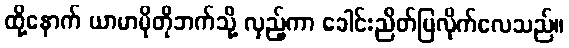
ထို့နောက် ယာမာမိုတိုဘက်သို့ လှည့်ကာ ခေါင်းညိတ်ပြလိုက်လေသည်။